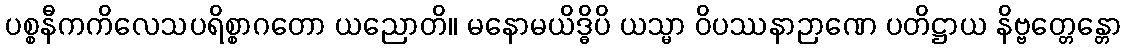
ပစ္စနီကကိလေသပရိစ္စာဂတော ယညောတိ။ မနောမယိဒ္ဓိပိ ယသ္မာ ဝိပဿနာဉာဏေ ပတိဋ္ဌာယ နိဗ္ဗတ္တေန္တော